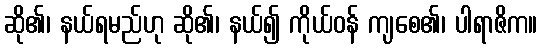
ဆို၏၊ နယ်ရမည်ဟု ဆို၏၊ နယ်၍ ကိုယ်ဝန် ကျစေ၏၊ ပါရာဇိက။